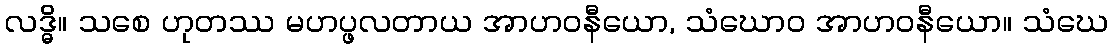
လဒ္ဓိ။ သစေ ဟုတဿ မဟပ္ဖလတာယ အာဟဝနီယော, သံဃောဝ အာဟဝနီယော။ သံဃေ